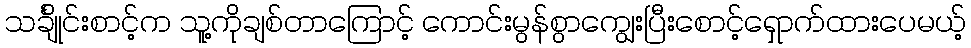
သင်္ချိုင်းစာင့်က သူ့ကိုချစ်တာကြောင့် ကောင်းမွန်စွာကျွေးပြီးစောင့်ရှောက်ထားပေမယ့်